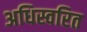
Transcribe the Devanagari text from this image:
अधिस्वरित